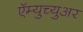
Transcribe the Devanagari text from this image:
ऍम्युच्युअर